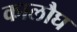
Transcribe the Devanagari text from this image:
कालौघ